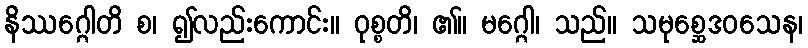
နိဿဂ္ဂေါတိ စ၊ ၍လည်းကောင်း။ ဝုစ္စတိ၊ ၏။ မဂ္ဂေါ၊ သည်။ သမုစ္ဆေဒဝသေန၊